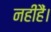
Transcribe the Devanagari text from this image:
नहींहैं।